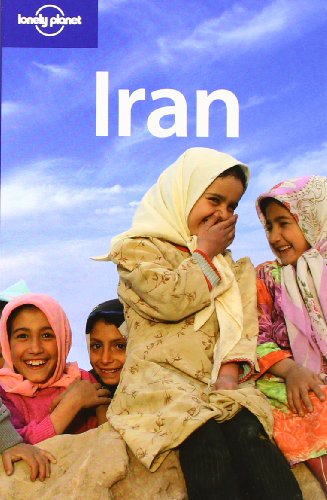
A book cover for Lonely Planet Iran (Country Travel Guide); Andrew Burke; Travel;